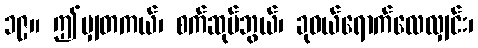
၁၉။ ဤမျှတကယ်၊ စက်ဆုပ်ဘွယ်၊ ခုဝယ်ရောက်လေလျှင်း၊